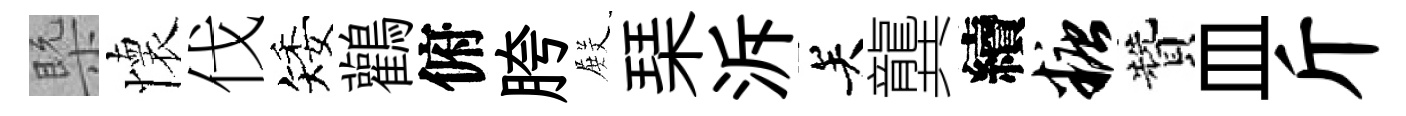
槩懷伐矮鸛俯胯𭮺琹泝关龔續糖贊皿斤